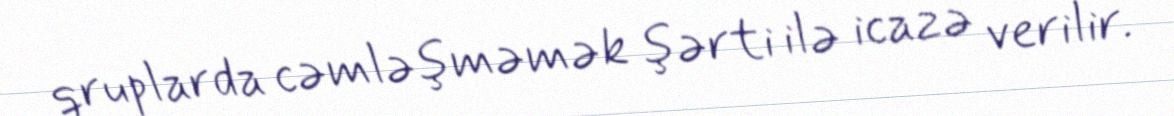
qruplarda cəmləşməmək şərti ilə icazə verilir.